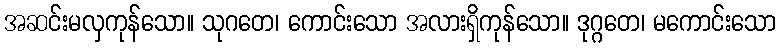
အဆင်းမလှကုန်သော။ သုဂတေ၊ ကောင်းသော အလားရှိကုန်သော။ ဒုဂ္ဂတေ၊ မကောင်းသော